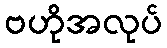
ဗဟိုအလုပ်